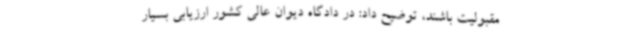
مقبولیت باشند، توضیح داد: در دادگاه دیوان عالی کشور ارزیابی بسیار